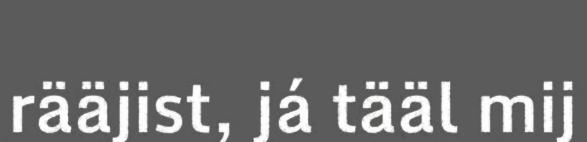
rääjist, já tääl mij